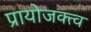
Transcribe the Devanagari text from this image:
प्रायोजक्त्व